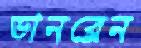
ডানব্লেন